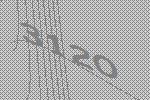
3120